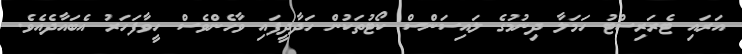
އަރައި ޓެރަރިސްޓު ހަމަލާ ދިނުމުގެ ލައިސަންސް ކޯޓުތަކުން ހަދާދީފައި ވާހެންވެސް ހީވާފަހަރު އެބައާދެއެވެ.